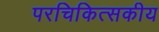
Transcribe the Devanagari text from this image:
परचिकित्सकीय